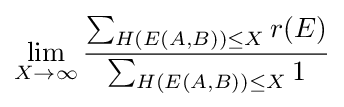
\lim _{X\rightarrow \infty }{\frac {\sum _{H(E(A,B))\leq X}r(E)}{\sum _{H(E(A,B))\leq X}1}}